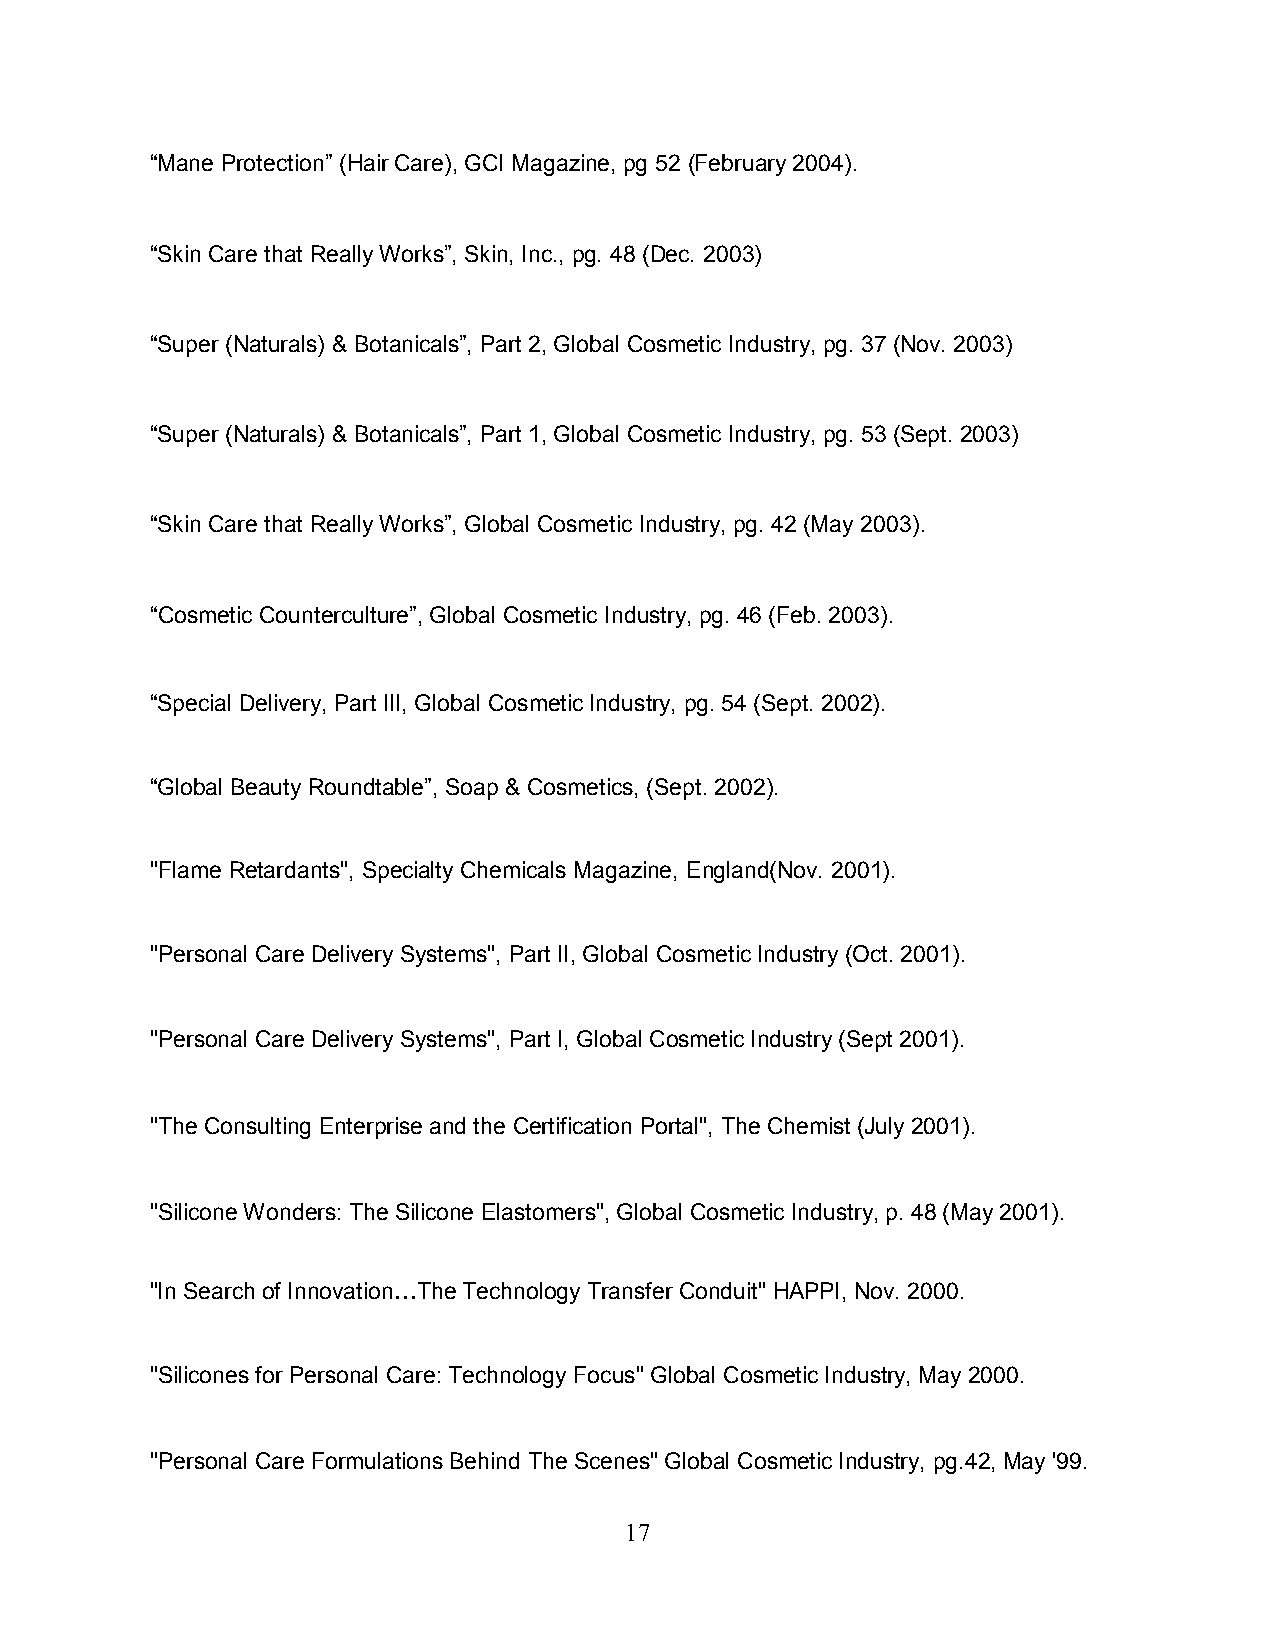
“Mane Protection” (Hair Care), GCI Magazine, pg 52 (February 2004).
 “Skin Care that Really Works”, Skin, Inc., pg. 48 (Dec. 2003)
 “Super (Naturals) & Botanicals”, Part 2, Global Cosmetic Industry, pg. 37 (Nov. 2003)
 “Super (Naturals) & Botanicals”, Part 1, Global Cosmetic Industry, pg. 53 (Sept. 2003)
 “Skin Care that Really Works”, Global Cosmetic Industry, pg. 42 (May 2003).
 “Cosmetic Counterculture”, Global Cosmetic Industry, pg. 46 (Feb. 2003).
 “Special Delivery, Part III, Global Cosmetic Industry, pg. 54 (Sept. 2002).
 “Global Beauty Roundtable”, Soap & Cosmetics, (Sept. 2002).
 "Flame Retardants", Specialty Chemicals Magazine, England(Nov. 2001).
 "Personal Care Delivery Systems", Part II, Global Cosmetic Industry (Oct. 2001).
 "Personal Care Delivery Systems", Part I, Global Cosmetic Industry (Sept 2001).
 "The Consulting Enterprise and the Certification Portal", The Chemist (July 2001).
 "Silicone Wonders: The Silicone Elastomers", Global Cosmetic Industry, p. 48 (May 2001).
 "In Search of InnovationFThe Technology Transfer Conduit" HAPPI, Nov. 2000.
 "Silicones for Personal Care: Technology Focus" Global Cosmetic Industry, May 2000.
 "Personal Care Formulations Behind The Scenes" Global Cosmetic Industry, pg.42, May '99.
 17